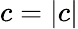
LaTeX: c=|c|